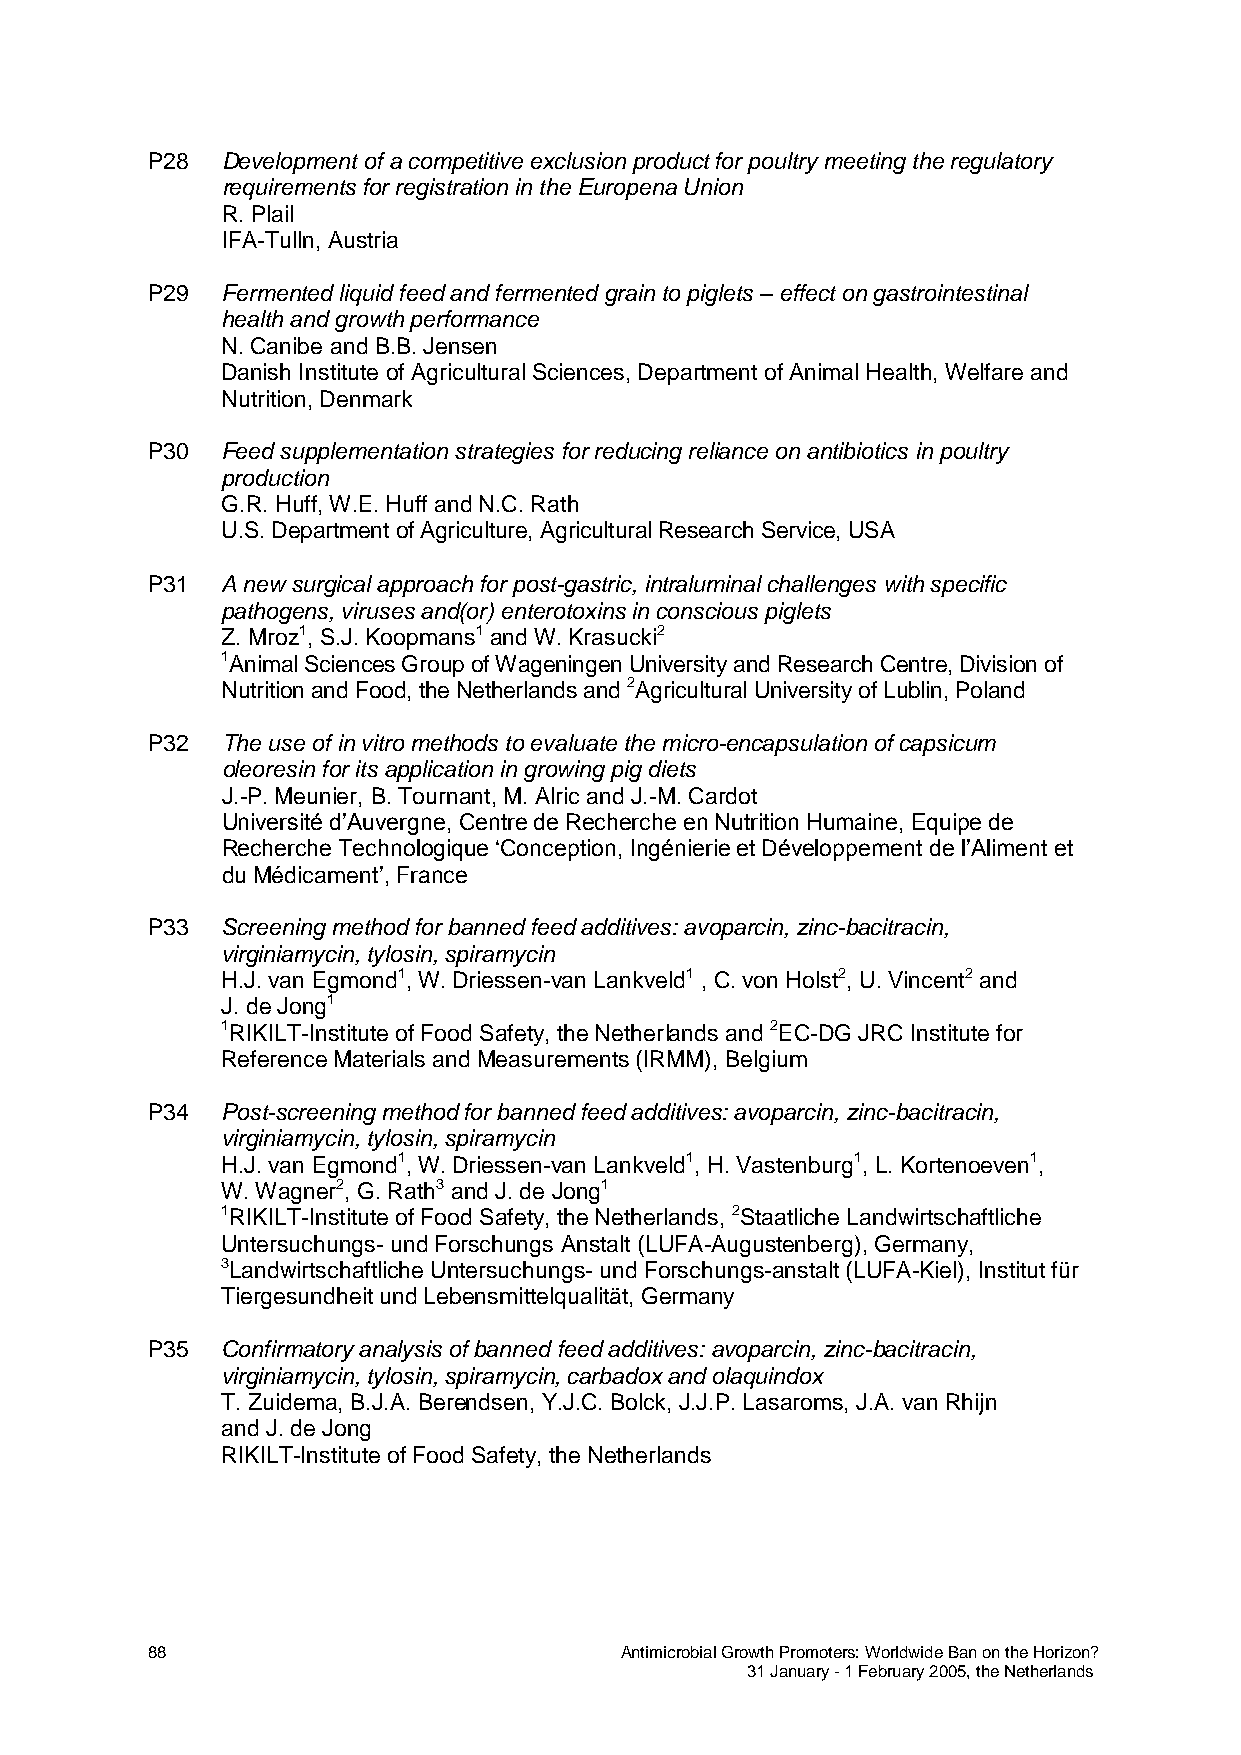
P28  Development of a competitive exclusion product for poultry meeting the regulatory
 requirements for registration in the Europena Union
 R. Plail
 IFA-Tulln, Austria
 P29  Fermented liquid feed and fermented grain to piglets – effect on gastrointestinal
 health and growth performance
 N. Canibe and B.B. Jensen
 Danish Institute of Agricultural Sciences, Department of Animal Health, Welfare and
 Nutrition, Denmark
 P30  Feed supplementation strategies for reducing reliance on antibiotics in poultry
 production
 G.R. Huff, W.E. Huff and N.C. Rath
 U.S. Department of Agriculture, Agricultural Research Service, USA
 P31  A new surgical approach for post-gastric, intraluminal challenges with specific
 pathogens, viruses and(or) enterotoxins in conscious piglets
 Z. Mroz1, S.J. Koopmans1 and W. Krasucki2
 1Animal Sciences Group of Wageningen University and Research Centre, Division of
 Nutrition and Food, the Netherlands and 2Agricultural University of Lublin, Poland
 P32  The use of in vitro methods to evaluate the micro-encapsulation of capsicum
 oleoresin for its application in growing pig diets
 J.-P. Meunier, B. Tournant, M. Alric and J.-M. Cardot
 Université d’Auvergne, Centre de Recherche en Nutrition Humaine, Equipe de
 Recherche Technologique ‘Conception, Ingénierie et Développement de l’Aliment et
 du Médicament’, France
 P33  Screening method for banned feed additives: avoparcin, zinc-bacitracin,
 virginiamycin, tylosin, spiramycin
 H.J. van Egmond1, W. Driessen-van Lankveld1 , C. von Holst2, U. Vincent2 and
 J. de Jong1
 1RIKILT-Institute of Food Safety, the Netherlands and 2EC-DG JRC Institute for
 Reference Materials and Measurements (IRMM), Belgium
 P34  Post-screening method for banned feed additives: avoparcin, zinc-bacitracin,
 virginiamycin, tylosin, spiramycin
 H.J. van Egmond1, W. Driessen-van Lankveld1, H. Vastenburg1, L. Kortenoeven1,
 W. Wagner2, G. Rath3 and J. de Jong1
 1RIKILT-Institute of Food Safety, the Netherlands, 2Staatliche Landwirtschaftliche
 Untersuchungs- und Forschungs Anstalt (LUFA-Augustenberg), Germany,
 3Landwirtschaftliche Untersuchungs- und Forschungs-anstalt (LUFA-Kiel), Institut für
 Tiergesundheit und Lebensmittelqualität, Germany
 P35  Confirmatory analysis of banned feed additives: avoparcin, zinc-bacitracin,
 virginiamycin, tylosin, spiramycin, carbadox and olaquindox
 T. Zuidema, B.J.A. Berendsen, Y.J.C. Bolck, J.J.P. Lasaroms, J.A. van Rhijn
 and J. de Jong
 RIKILT-Institute of Food Safety, the Netherlands
 88                             Antimicrobial Growth Promoters: Worldwide Ban on the Horizon?
 31 January - 1 February 2005, the Netherlands